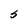
Character: S